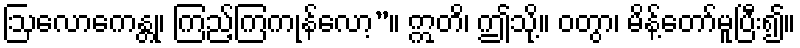
ဩလောကေန္တု၊ ကြည့်ကြကုန်လော့”။ ဣတိ၊ ဤသို့။ ဝတွာ၊ မိန့်တော်မူပြီး၍။